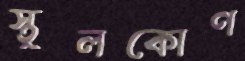
স্থূলকোণ